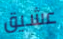
عشيق